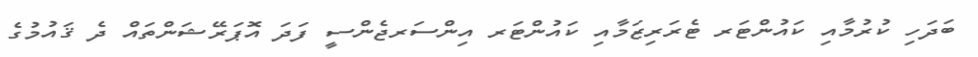
ބަދަހި ކުރުމާއި ކައުންޓަރ ޓެރަރިޒަމާއި ކައުންޓަރ އިންސަރޖެންސީ ފަދަ އޮޕަރޭޝަންތައް ދެ ޤައުމުގެ